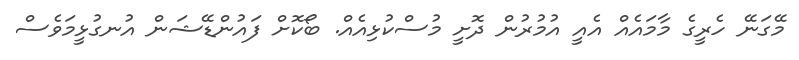
މޭގަނޭ ހެރީގެ މާމައެއް އެއީ އުމުރުން ދޮށީ މުސްކުޅިއެއް. ބޯކޮށް ފައުންޑޭޝަން އުނގުޅީމަވެސް